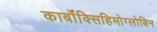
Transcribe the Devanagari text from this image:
कार्बॉक्सिहिमोग्लोबिन